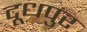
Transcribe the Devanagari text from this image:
दूधपुर